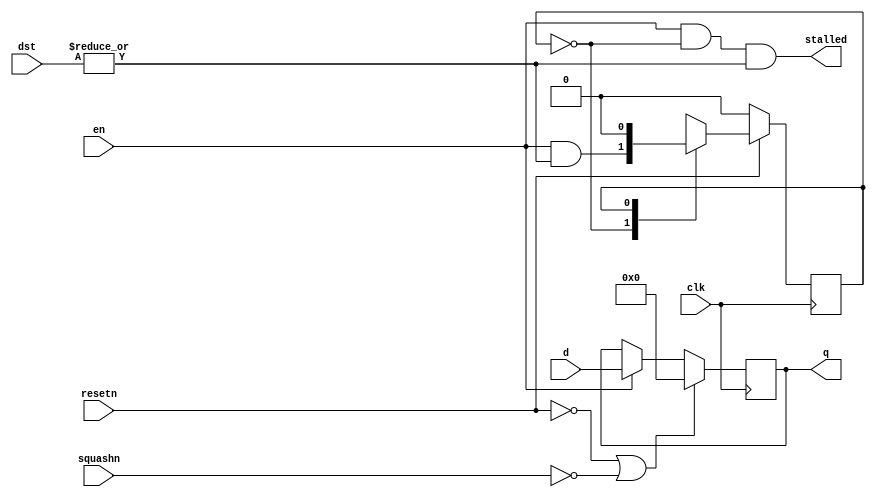
module pipedelayreg(d,en,clk,resetn,squashn,dst,stalled,q);
input [31:0] d;
input [4:0] dst;
input en;
input clk;
input resetn;
input squashn;
output stalled;
output [31:0] q;
  reg [31:0] q;
  reg T,Tnext;
  always@(en or T or dst)
  begin
    case(T) 
      0: Tnext=en&(|dst);
      1: Tnext=0;
    endcase 
  end       
  always@(posedge clk)
    if (~resetn)
      T<=0; 
    else    
      T<=Tnext;
  always @(posedge clk)   
  begin
    if (resetn==0 || squashn==0)
      q<=0;
    else if (en==1)
      q<=d;
  end
  assign stalled=(en&~T&(|dst));
endmodule